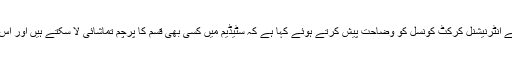
2014ء)بنگلہ دیش کرکٹ بورڈ نے انٹرنیشنل کرکٹ کونسل کو وضاحت پیش کرتے ہوئے کہا ہے کہ سٹیڈیم میں کسی بھی قسم کا پرچم تماشائی لا سکتے ہیں اور اس پر کوئی پابندی عائد نہیں کی ہے۔